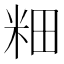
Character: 𫂺